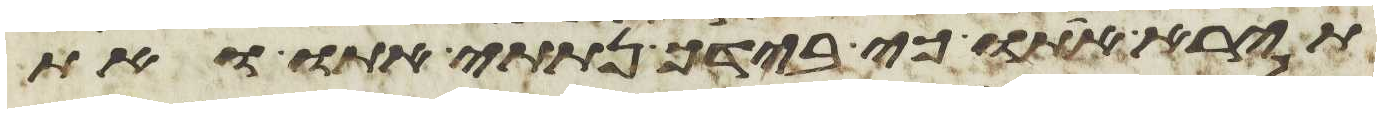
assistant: תירא אתו כי בידך נתתי אתו ואת